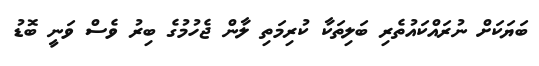
ބަޔަކަށް ނުރައްކައުތެރި ބަލިތަކާ ކުރިމަތި ލާން ޖެހުމުގެ ބިރު ވެސް ވަނީ ބޮޑު